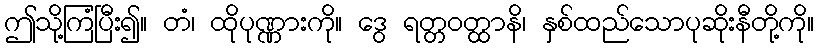
ဤသို့ကြံပြီး၍။ တံ၊ ထိုပုဏ္ဏားကို။ ဒွေ ရတ္တဝတ္ထာနိ၊ နှစ်ထည်သောပုဆိုးနီတို့ကို။